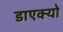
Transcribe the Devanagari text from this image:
डाएक्यो